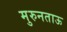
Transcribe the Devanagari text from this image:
मुरुनताऊ